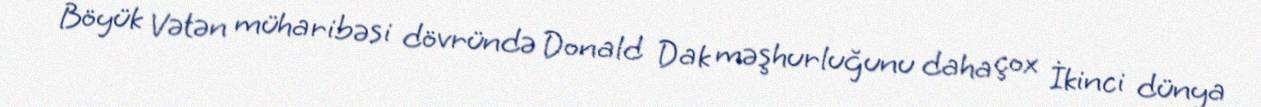
Böyük Vətən müharibəsi dövründə Donald Dak məşhurluğunu daha çox İkinci dünya